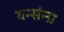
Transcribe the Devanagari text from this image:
वन्संना